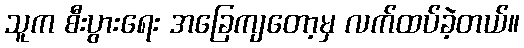
သူက စီးပွားရေး အခြေကျတော့မှ လက်ထပ်ခဲ့တယ်။